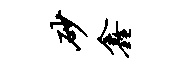
砂鑫